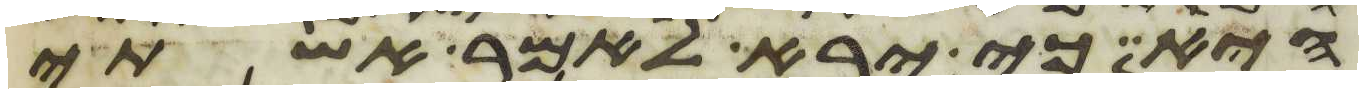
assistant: היא כי ירא לאמר אשתי